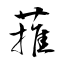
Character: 蓷